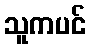
သူကပင်